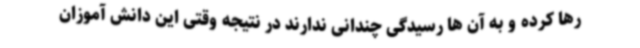
رها کرده و به آن ها رسیدگی چندانی ندارند در نتیجه وقتی این دانش آموزان